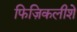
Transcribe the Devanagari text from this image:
फिज़िकलीशे